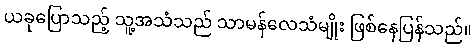
ယခုပြောသည့် သူ့အသံသည် သာမန်လေသံမျိုး ဖြစ်နေပြန်သည်။